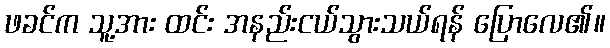
ဖခင်က သူ့အား ထင်း အနည်းငယ်သွားသယ်ရန် ပြောလေ၏။